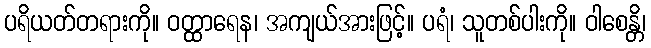
ပရိယတ်တရားကို။ ဝတ္ထာရေန၊ အကျယ်အားဖြင့်။ ပရံ၊ သူတစ်ပါးကို။ ဝါစေန္တိ၊